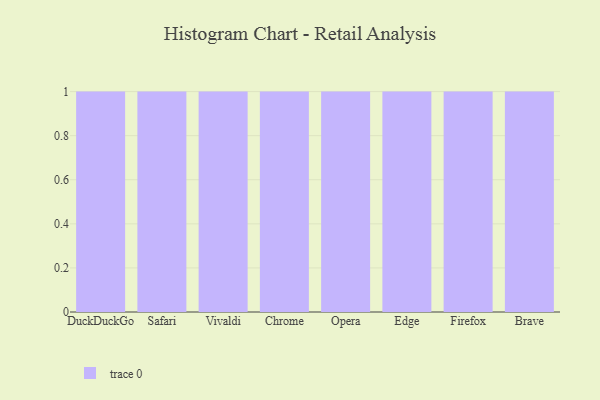
{"axis": {"x": "Browser", "y": "Inventory Turnover"}, "legend": [""], "data": [{"x": "DuckDuckGo", "y": 26, "type": ""}, {"x": "Safari", "y": 93, "type": ""}, {"x": "Vivaldi", "y": 29, "type": ""}, {"x": "Chrome", "y": 79, "type": ""}, {"x": "Opera", "y": 82, "type": ""}, {"x": "Edge", "y": 81, "type": ""}, {"x": "Firefox", "y": 22, "type": ""}, {"x": "Brave", "y": 10, "type": ""}]}